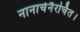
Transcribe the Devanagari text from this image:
नानार्चनैरर्चित।